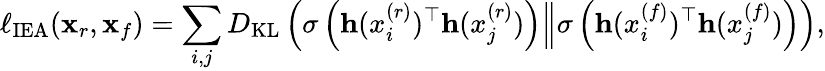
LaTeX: \ell_{\mathrm{IEA}}(\mathbf{x}_{r},\mathbf{x}_{f})=\sum_{i,j}D_{\mathrm{KL}}\left(\sigma\left(\mathbf{h}(x_{i}^{(r)})^{\top}\mathbf{h}(x_{j}^{(r)})\right)\Big\Vert\sigma\left(\mathbf{h}(x_{i}^{(f)})^{\top}\mathbf{h}(x_{j}^{(f)})\right)\right),